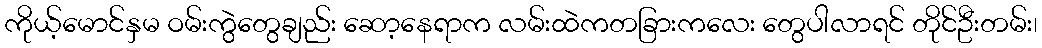
ကိုယ့်မောင်နှမ ဝမ်းကွဲတွေချည်း ဆော့နေရာက လမ်းထဲကတခြားကလေး တွေပါလာရင် တိုင်ဦးတမ်း၊